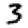
Digit: 3